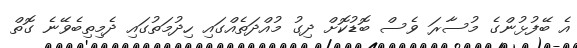
އެ ބޭފުޅުންގެ މުސާރަ ވެސް ބޮޑުކޮށް ދިގު މުއްދަތެއްގައި ހިދުމަތުގައި ދެމިތިބެވޭނެ ގޮތް